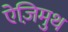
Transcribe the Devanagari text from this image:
ऐज़िमुथ